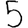
Digit: 5